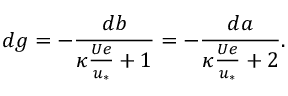
d g = - \frac { d b } { \kappa \frac { U e } { u _ { * } } + 1 } = - \frac { d a } { \kappa \frac { U e } { u _ { * } } + 2 } .